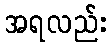
အရလည်း